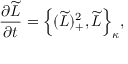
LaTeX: \frac { \partial \widetilde { L } } { \partial t } = \Big \{ ( \widetilde { L } ) _ { + } ^ { 2 } , \widetilde { L } \Big \} _ { \kappa } ,